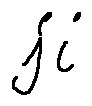
j i